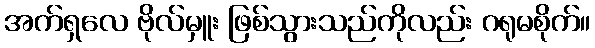
အက်ရှလေ ဗိုလ်မှူး ဖြစ်သွားသည်ကိုလည်း ဂရုမစိုက်။